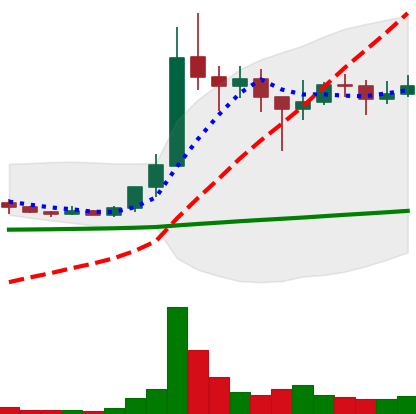
Ticker: XLM-USD
Chart end date: 2021-01-17
Forward return: -10.892%
Label: down_7plus